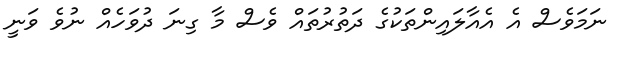
ނަމަވެސް އެ އެއާލައިންތަކުގެ ދަތުރުތައް ވެސް މާ ގިނަ ދުވަހެއް ނުވެ ވަނީ